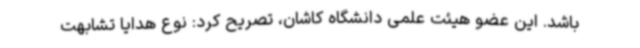
باشد. این عضو هیئت علمی دانشگاه کاشان، تصریح کرد: نوع هدایا تشابهت